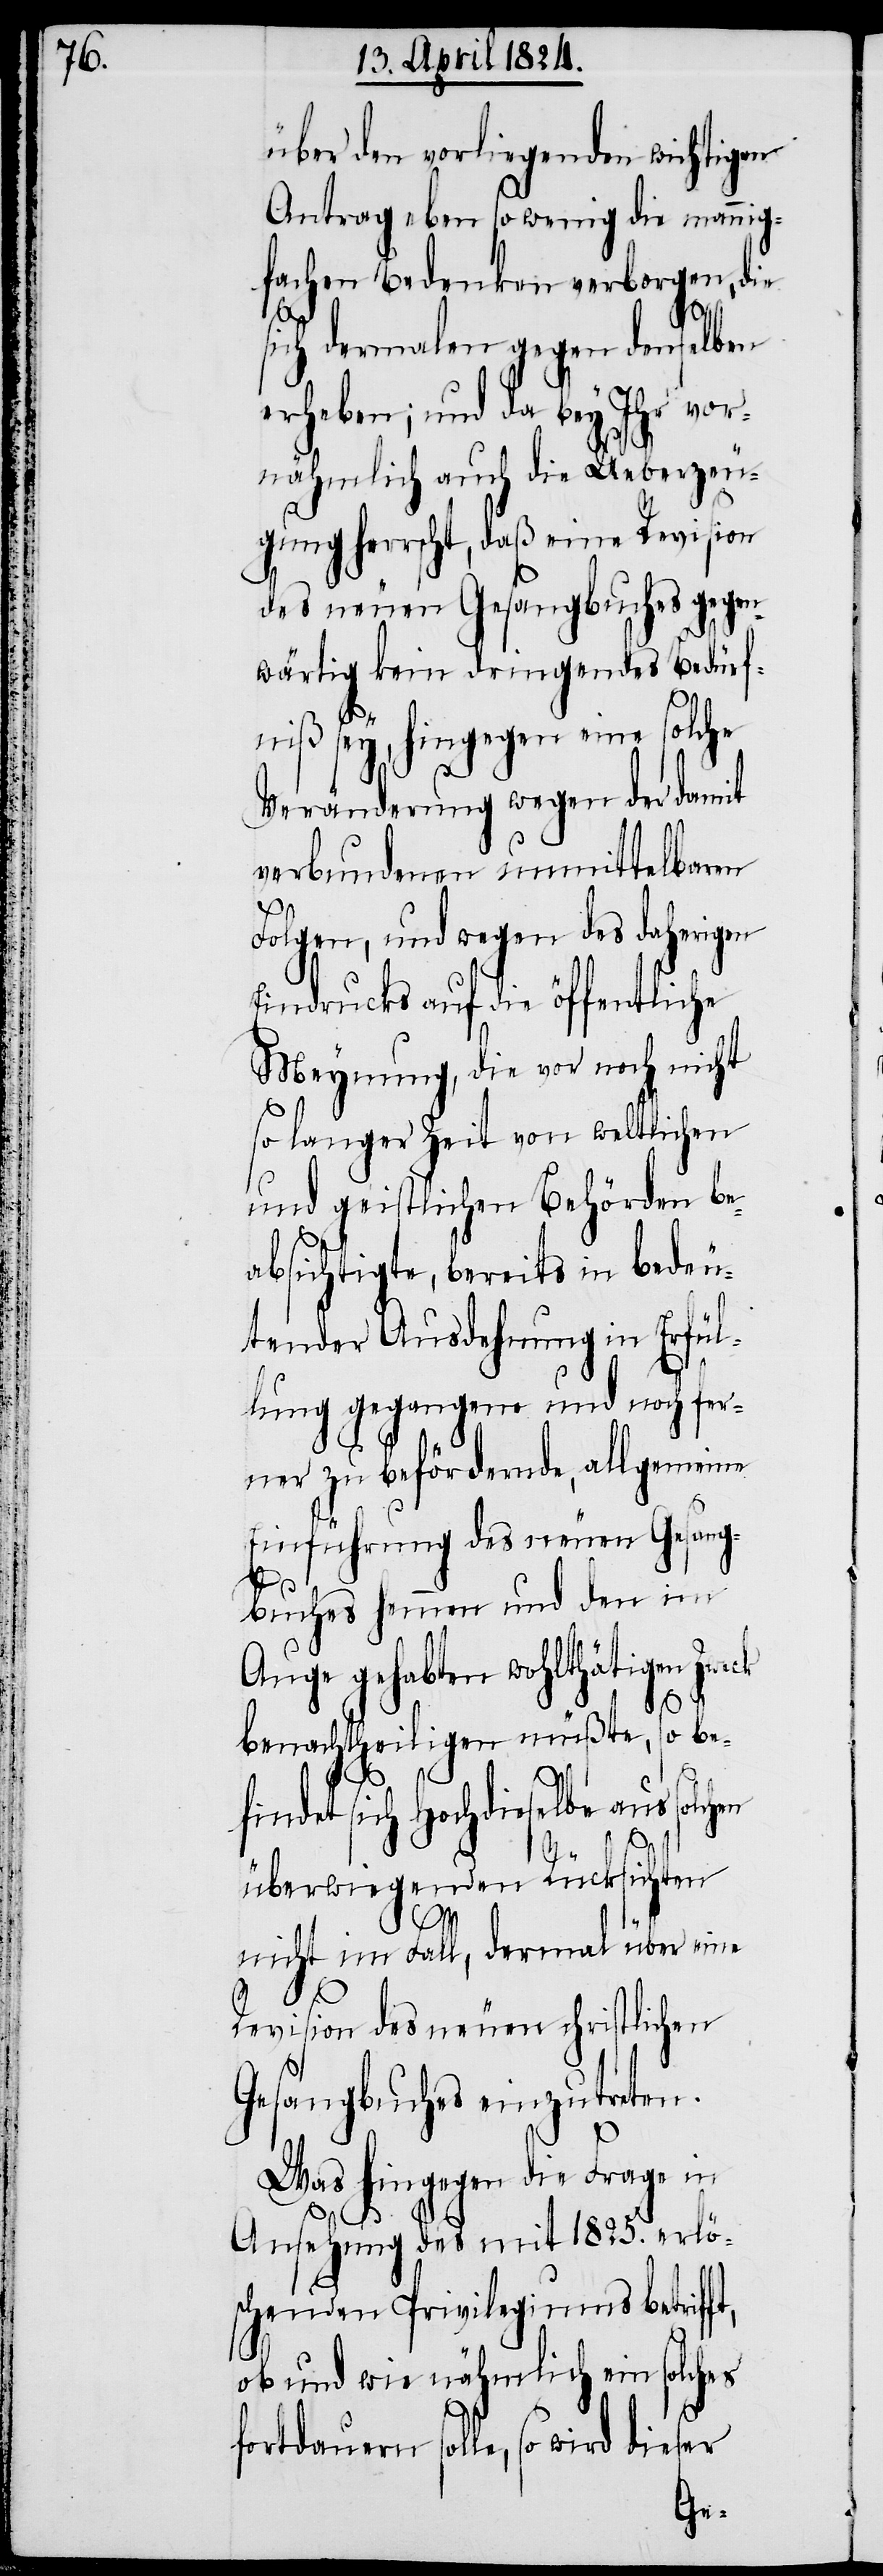
über den vorliegenden wichtigen
Antrag eben so wenig die mannig¬
fachen Bedenken verborgen, die
sich dermalen gegen denselben
erheben; und da bey Ihr vor¬
nähmlich auch die Ueberzeu¬
gung herrscht, daß eine Revision
des neuen Gesangbuches gegen¬
wärtig kein dringendes Bedürf¬
niß sey, hingegen eine solche
Veränderung wegen der damit
verbundenen unmittelbaren
Folgen, und wegen des daherigen
Eindrucks auf die öffentliche
Meynung, die vor noch nicht
so langer Zeit von weltlichen
und geistlichen Behörden be¬
absichtigte, bereits in bedeu¬
tender Ausdehnung in Erfül¬
lung gegangene und noch fer¬
ner zu befördernde, allgemeine
Einführung des neuen Gesang¬
buches hemmen und den im
Auge gehabten wohlthätigen Zweck
so be¬
benachtheiligen müßte,
findet sich Hochdieselbe aus solch¬
en
überwiegenden Rücksichten
nicht im Fall, dermal über eine
Revision des neuen christlichen
Gesangbuches einzutreten.
Was hingegen die Frage in
Ansehnung des mit 1825. erlö¬
schenden Privilegiums betrif¬
ob und wie nähmlich ein solches
ft,
fortdauern solle, so wird dieser